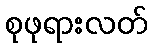
စုဖုရားလတ်